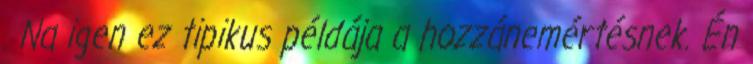
. Na igen ez tipikus példája a hozzánemértésnek. Én